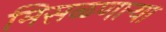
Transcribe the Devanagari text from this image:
मिसळणार्‍या